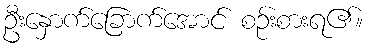
ဦးနှောက်ခြောက်အောင် စဉ်းစားရ၏။